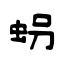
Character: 𧊅